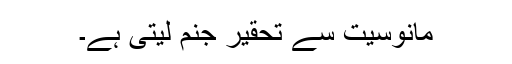
مانوسیت سے تحقیر جنم لیتی ہے۔